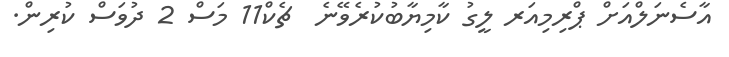
އާސެނަލްއަށް ޕްރިމިއަރ ލީގު ކާމިޔާބުކުރެވޭނެ  ޗެކް11 މަސް 2 ދުވަސް ކުރިން.